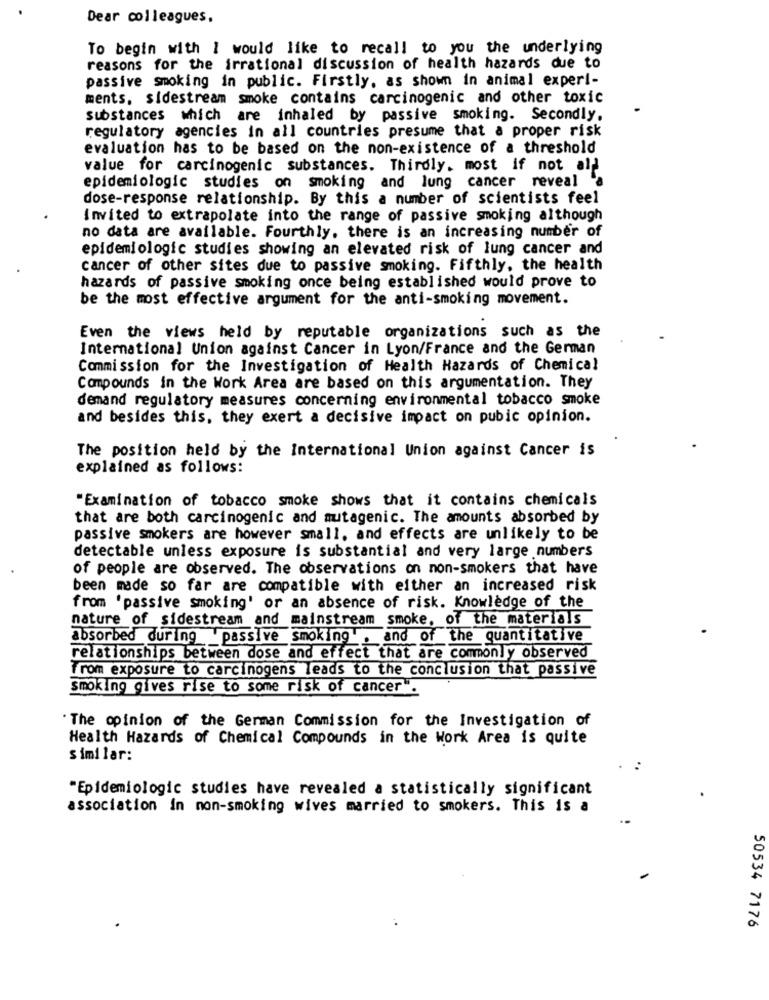
Dear colleagues.
To begin with I would like to recall to you the underlying
reasons for the irrational discussion of health hazards due to
passive smoking in public. Firstly, as shown in animal experi-
ments, sidestream smoke contains carcinogenic and other toxic
substances which are inhaled by passive smoking. Secondly.
regulatory agencies in all countries presume that a proper risk
evaluation has to be based on the non-existence of a threshold
value for carcinogenic substances. Thirdly, most if not all
epidemiologic studies on smoking and lung cancer reveal
dose-response relationship. By this a number of scientists feel
Invited to extrapolate into the range of passive smoking although
no data are available. Fourthly, there is an increasing number of
epidemiologic studies showing an elevated risk of lung cancer and
cancer of other sites due to passive smoking. Fifthly, the health
hazards of passive smoking once being established would prove to
be the most effective argument for the anti-smoking movement.
Even the views held by reputable organizations such as the
International Union against Cancer in Lyon/France and the German
Commission for the Investigation of Health Hazards of Chemical
Compounds in the Work Area are based on this argumentation. They
demand regulatory measures concerning environmental tobacco smoke
and besides this, they exert a decisive impact on pubic opinion.
The position held by the International Union against Cancer is
explained as follows:
"Examination of tobacco smoke shows that it contains chemicals
that are both carcinogenic and mutagenic. The amounts absorbed by
passive smokers are however small, and effects are unlikely to be
detectable unless exposure is substantial and very large numbers
of people are observed. The observations on non-smokers that have
been made so far are compatible with either an increased risk
from 'passive smoking' or an absence of risk. Knowledge of the
nature of sidestream and mainstream smoke, of the materials
absorbed during passive smoking , and of the quantitative
relationships between dose and effect that are commonly observed
from exposure to carcinogens leads to the conclusion that passive
smoking gives rise to some risk of cancer".
. The opinion of the German Commission for the Investigation of
Health Hazards of Chemical Compounds in the Work Area is quite
similar:
"Epidemiologic studies have revealed a statistically significant
association in non-smoking wives married to smokers. This is a
50534 7176